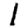
Digit: 1